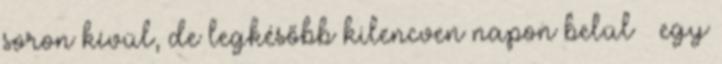
soron kívül, de legkésőbb kilencven napon belül – egy